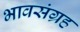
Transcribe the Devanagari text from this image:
भावसंग्रह